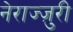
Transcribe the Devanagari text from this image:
नेराज्ज़ुरी